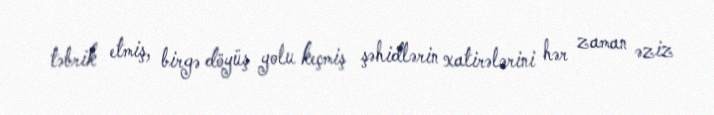
təbrik etmiş, birgə döyüş yolu keçmiş şəhidlərin xatirələrini hər zaman əziz